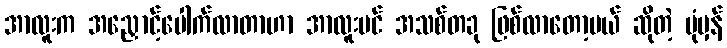
အာလူးက အညှောင့်ပေါက်လာတာဟာ အာလူးပင် အသစ်တခု ဖြစ်လာတော့မယ် ဆိုတဲ့ ပုံမှန်